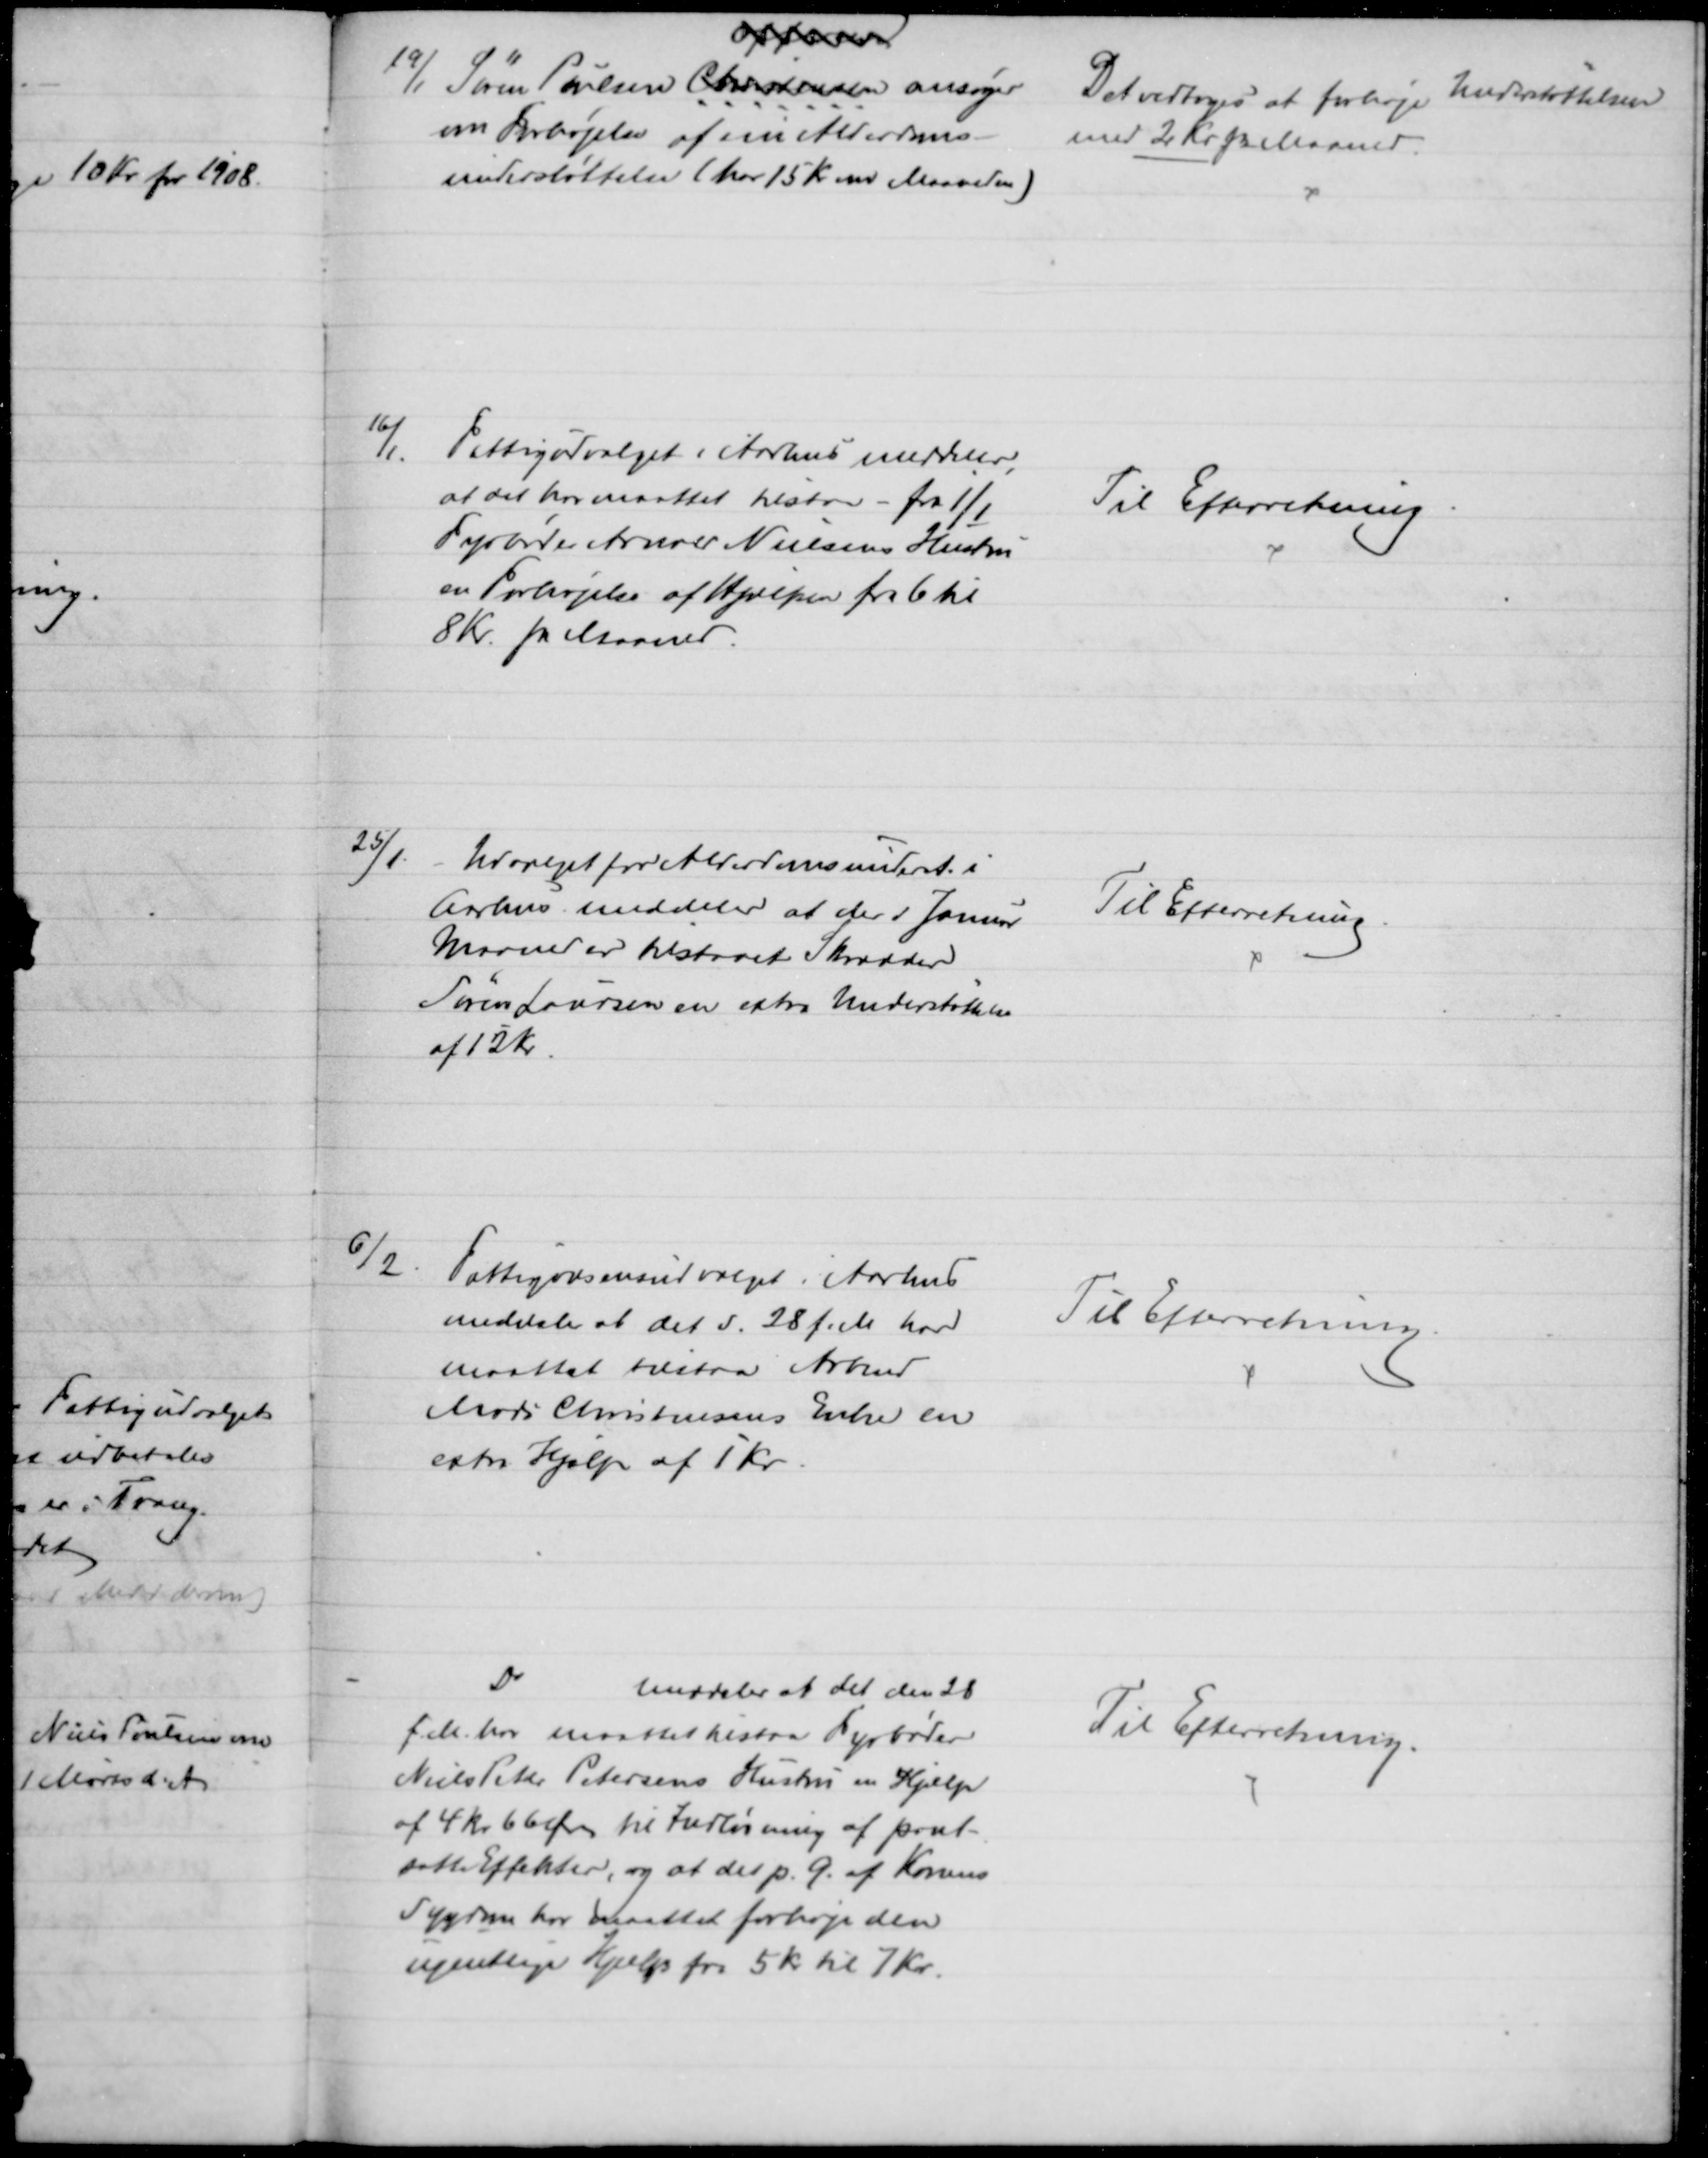
Transskription:
19/1. Søren Poulsen Christensen 
Offersen
ansøger
om Forhøjelse af sin Alderdoms-
understøttelse (har 15 Kr om Maaneden)
Det vedtoges at forhøje Understøttelsen
med 2 Kr pr Maaned.
16/1.
Fattigudvalget i Aarhus meddeler,
at det har maattet tilstaa - fra 1/1
Fyrbøder Arbmd Nielsens Hustru
en Forhøjelse af Hjælpen fra 6 til
8 Kr. pr Maaned.
Til Efterretning
25/1
Udvalget for Alderdomsunderst. i
Aarhus meddeler at der i Januar
Maaned er tilstaaet Skrædder
Søren Laursen en extra Understøttelse
af 12 Kr.
Til Efterretning
6/2
Fattigvæsensudvalget i Aarhus
meddeler at det d. 28 f.M. har
maattet tilstaa Arbmd
Mads Christensens Enke en
extra Hjælp af 1 Kr.
Til Efterretning.
Do
meddeler at det den 28
f.M. har maattet tilstaa Fyrbøder
Niels Peter Petersens Hustru en Hjælp
af 4 Kr 66 Øre til Indløsning af pant-
satte Effekter, og at det p. G. af Konens
Sygdom har maattet forhøje den
ugentlige Hjælp for 5 Kr til 7 Kr.
Til Efterretning.